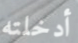
أدخلته